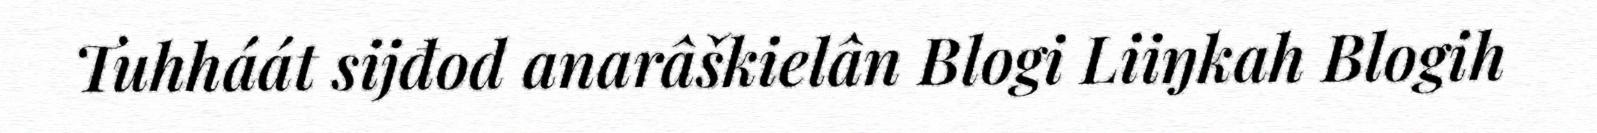
Tuhháát sijđod anarâškielân Blogi Liiŋkah Blogih